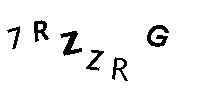
7RZZRG